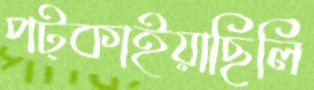
পট্‌কাইয়াছিলি